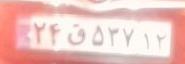
۲۴ق۵۳۷۱۲